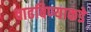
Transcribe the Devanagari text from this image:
वाढविण्याकडे